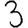
Digit: 3